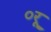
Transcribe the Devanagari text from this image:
०रू